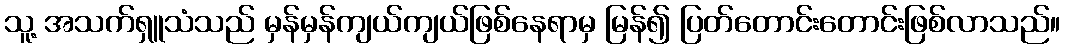
သူ့ အသက်ရှူသံသည် မှန်မှန်ကျယ်ကျယ်ဖြစ်နေရာမှ မြန်၍ ပြတ်တောင်းတောင်းဖြစ်လာသည်။